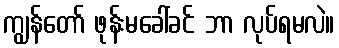
ကျွန်တော် ဖုန်းမခေါ်ခင် ဘာ လုပ်ရမလဲ။